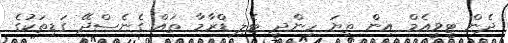
ދެން ޓީވީއެމް އިން ތިޔަ ހިންދީ ޓެލި ޑްރާމާ ތައް ގެނެސްދޭ ގަޑިތަކުގެ